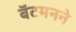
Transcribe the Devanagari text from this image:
बॅटमनने